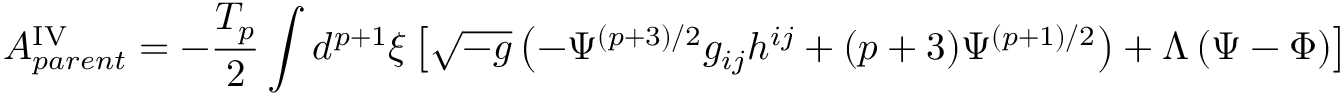
A _ { p a r e n t } ^ { \mathrm { I V } } = - \frac { T _ { p } } { 2 } \int d ^ { p + 1 } { \xi } \left[ \sqrt { - g } \left( - { \Psi } ^ { ( p + 3 ) / 2 } g _ { i j } h ^ { i j } + ( p + 3 ) { \Psi } ^ { ( p + 1 ) / 2 } \right) + { \Lambda } \left( { \Psi } - { \Phi } \right) \right] .